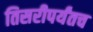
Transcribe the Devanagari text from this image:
तिसरीपर्यंतच